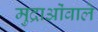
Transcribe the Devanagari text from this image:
मुद्राओंवाले